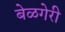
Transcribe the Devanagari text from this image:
बेळगेरी